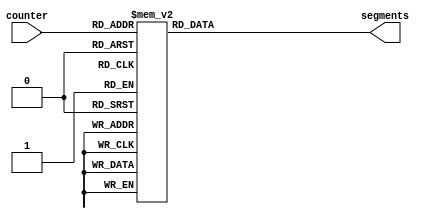
/*
      -- 1 --
     |       |
     6       2
     |       |
      -- 7 --
     |       |
     5       3
     |       |
      -- 4 --
*/

module seg7_decoder(
    input [3:0] counter,
    output reg [6:0] segments
);

    always @(*) begin
        case(counter)
            4'b0000: segments = 7'b0111111;  // 0
            4'b0001: segments = 7'b0000110;  // 1
            4'b0010: segments = 7'b1011011;  // 2
            4'b0011: segments = 7'b1001111;  // 3
            4'b0100: segments = 7'b1100110;  // 4
            4'b0101: segments = 7'b1101101;  // 5
            4'b0110: segments = 7'b1111101;  // 6
            4'b0111: segments = 7'b0000111;  // 7
            4'b1000: segments = 7'b1111111;  // 8
            default: segments = 7'b0000000;  // Default to off
        endcase
    end

endmodule

module matrixC_to_segments(
    input [7:0] uio_out,  // Upper 8 bits of matrix C
    input [7:0] uo_out,   // Lower 8 bits of matrix C
    output [6:0] seg1,  
    output [6:0] seg2,  
    output [6:0] seg3,  
    output [6:0] seg4
);

    // Directly extract 4-bit elements from matrixC
    wire [3:0] element1 = uio_out[3:0];
    wire [3:0] element2 = uio_out[7:4];
    wire [3:0] element3 = uo_out[3:0];
    wire [3:0] element4 = uo_out[7:4];
    
    // Instantiate the 7-segment decoders
    seg7_decoder decoder1(.counter(element1), .segments(seg1));
    seg7_decoder decoder2(.counter(element2), .segments(seg2));
    seg7_decoder decoder3(.counter(element3), .segments(seg3));
    seg7_decoder decoder4(.counter(element4), .segments(seg4));

endmodule